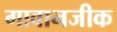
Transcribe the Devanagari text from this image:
गावानजीक